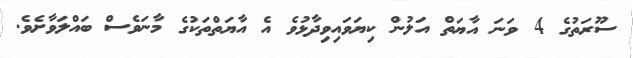
ސޫރަތުގެ 4 ވަނަ އާޔަތް އަލުން ކިޔަވައިވިދާޅުވެ އެ އާޔަތްތަކުގެ މާނަވެސް ބައްލަވާށެވެ.